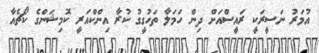
އުމަރު ނަސީރަކީ ރައީސްއަށް ދިން ހަމަލާ ތަހުގީގު ކުރާ އިންކްއަރީ ކޮމިޝަންގެ ކޯޗެއާ